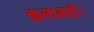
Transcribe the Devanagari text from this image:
कल्पनाएँ।